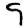
Digit: 9